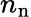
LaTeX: n_{\mathrm{n}}